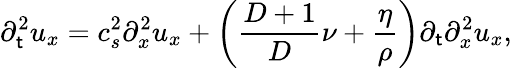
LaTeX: \partial_{\mathsf{t}}^{2}u_{x}=c_{s}^{2}\partial_{x}^{2}u_{x}+\left(\frac{{D+1}}{{D}}\nu+\frac{{\eta}}{{\rho}}\right)\partial_{\mathsf{t}}\partial_{x}^{2}u_{x},